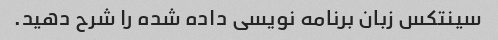
سینتکس زبان برنامه نویسی داده شده را شرح دهید.